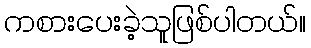
ကစားပေးခဲ့သူဖြစ်ပါတယ်။